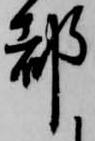
都